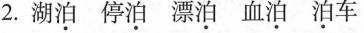
2.湖泊 停泊 漂泊 血泊 泊车